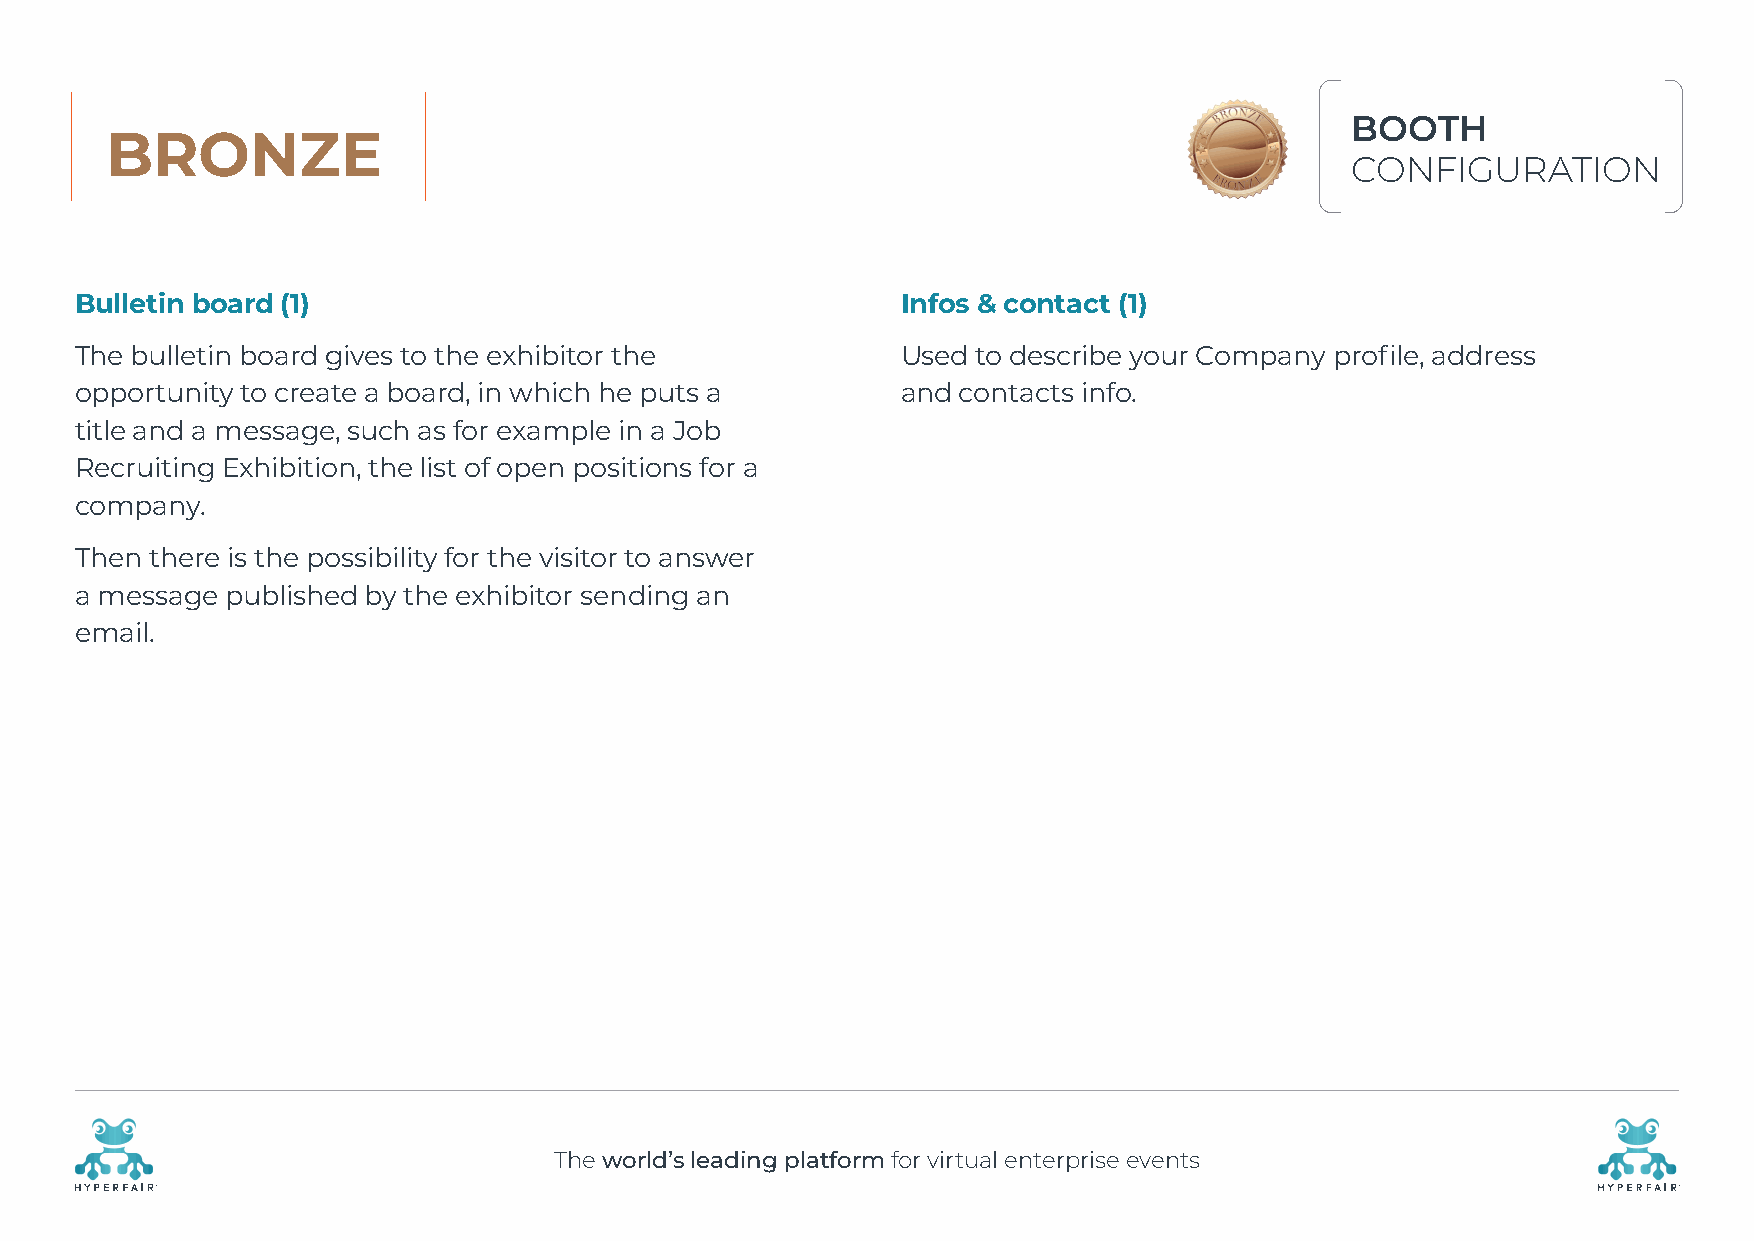
BOOTH
 BRONZE
 CONFIGURATION
 Bulletin board (1)                                     Infos & contact (1)
 The bulletin board gives to the exhibitor the          Used to describe your Company profile, address
 opportunity to create a board, in which he puts a      and contacts info.
 title and a message, such as for example in a Job
 Recruiting Exhibition, the list of open positions for a
 company.
 Then there is the possibility for the visitor to answer
 a message published by the exhibitor sending an
 email.
 The world’s leading platform for virtual enterprise events
 R                                                                                                    R